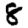
Digit: 8